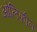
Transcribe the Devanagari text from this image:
ओलिफ़ीन